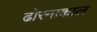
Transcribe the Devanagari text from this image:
ढोरनाकाल